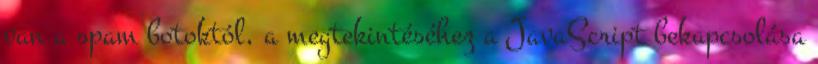
van a spam botoktól, a megtekintéséhez a JavaScript bekapcsolása